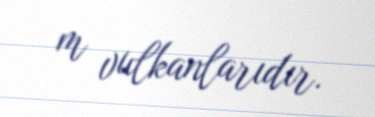
m vulkanlarıdır.